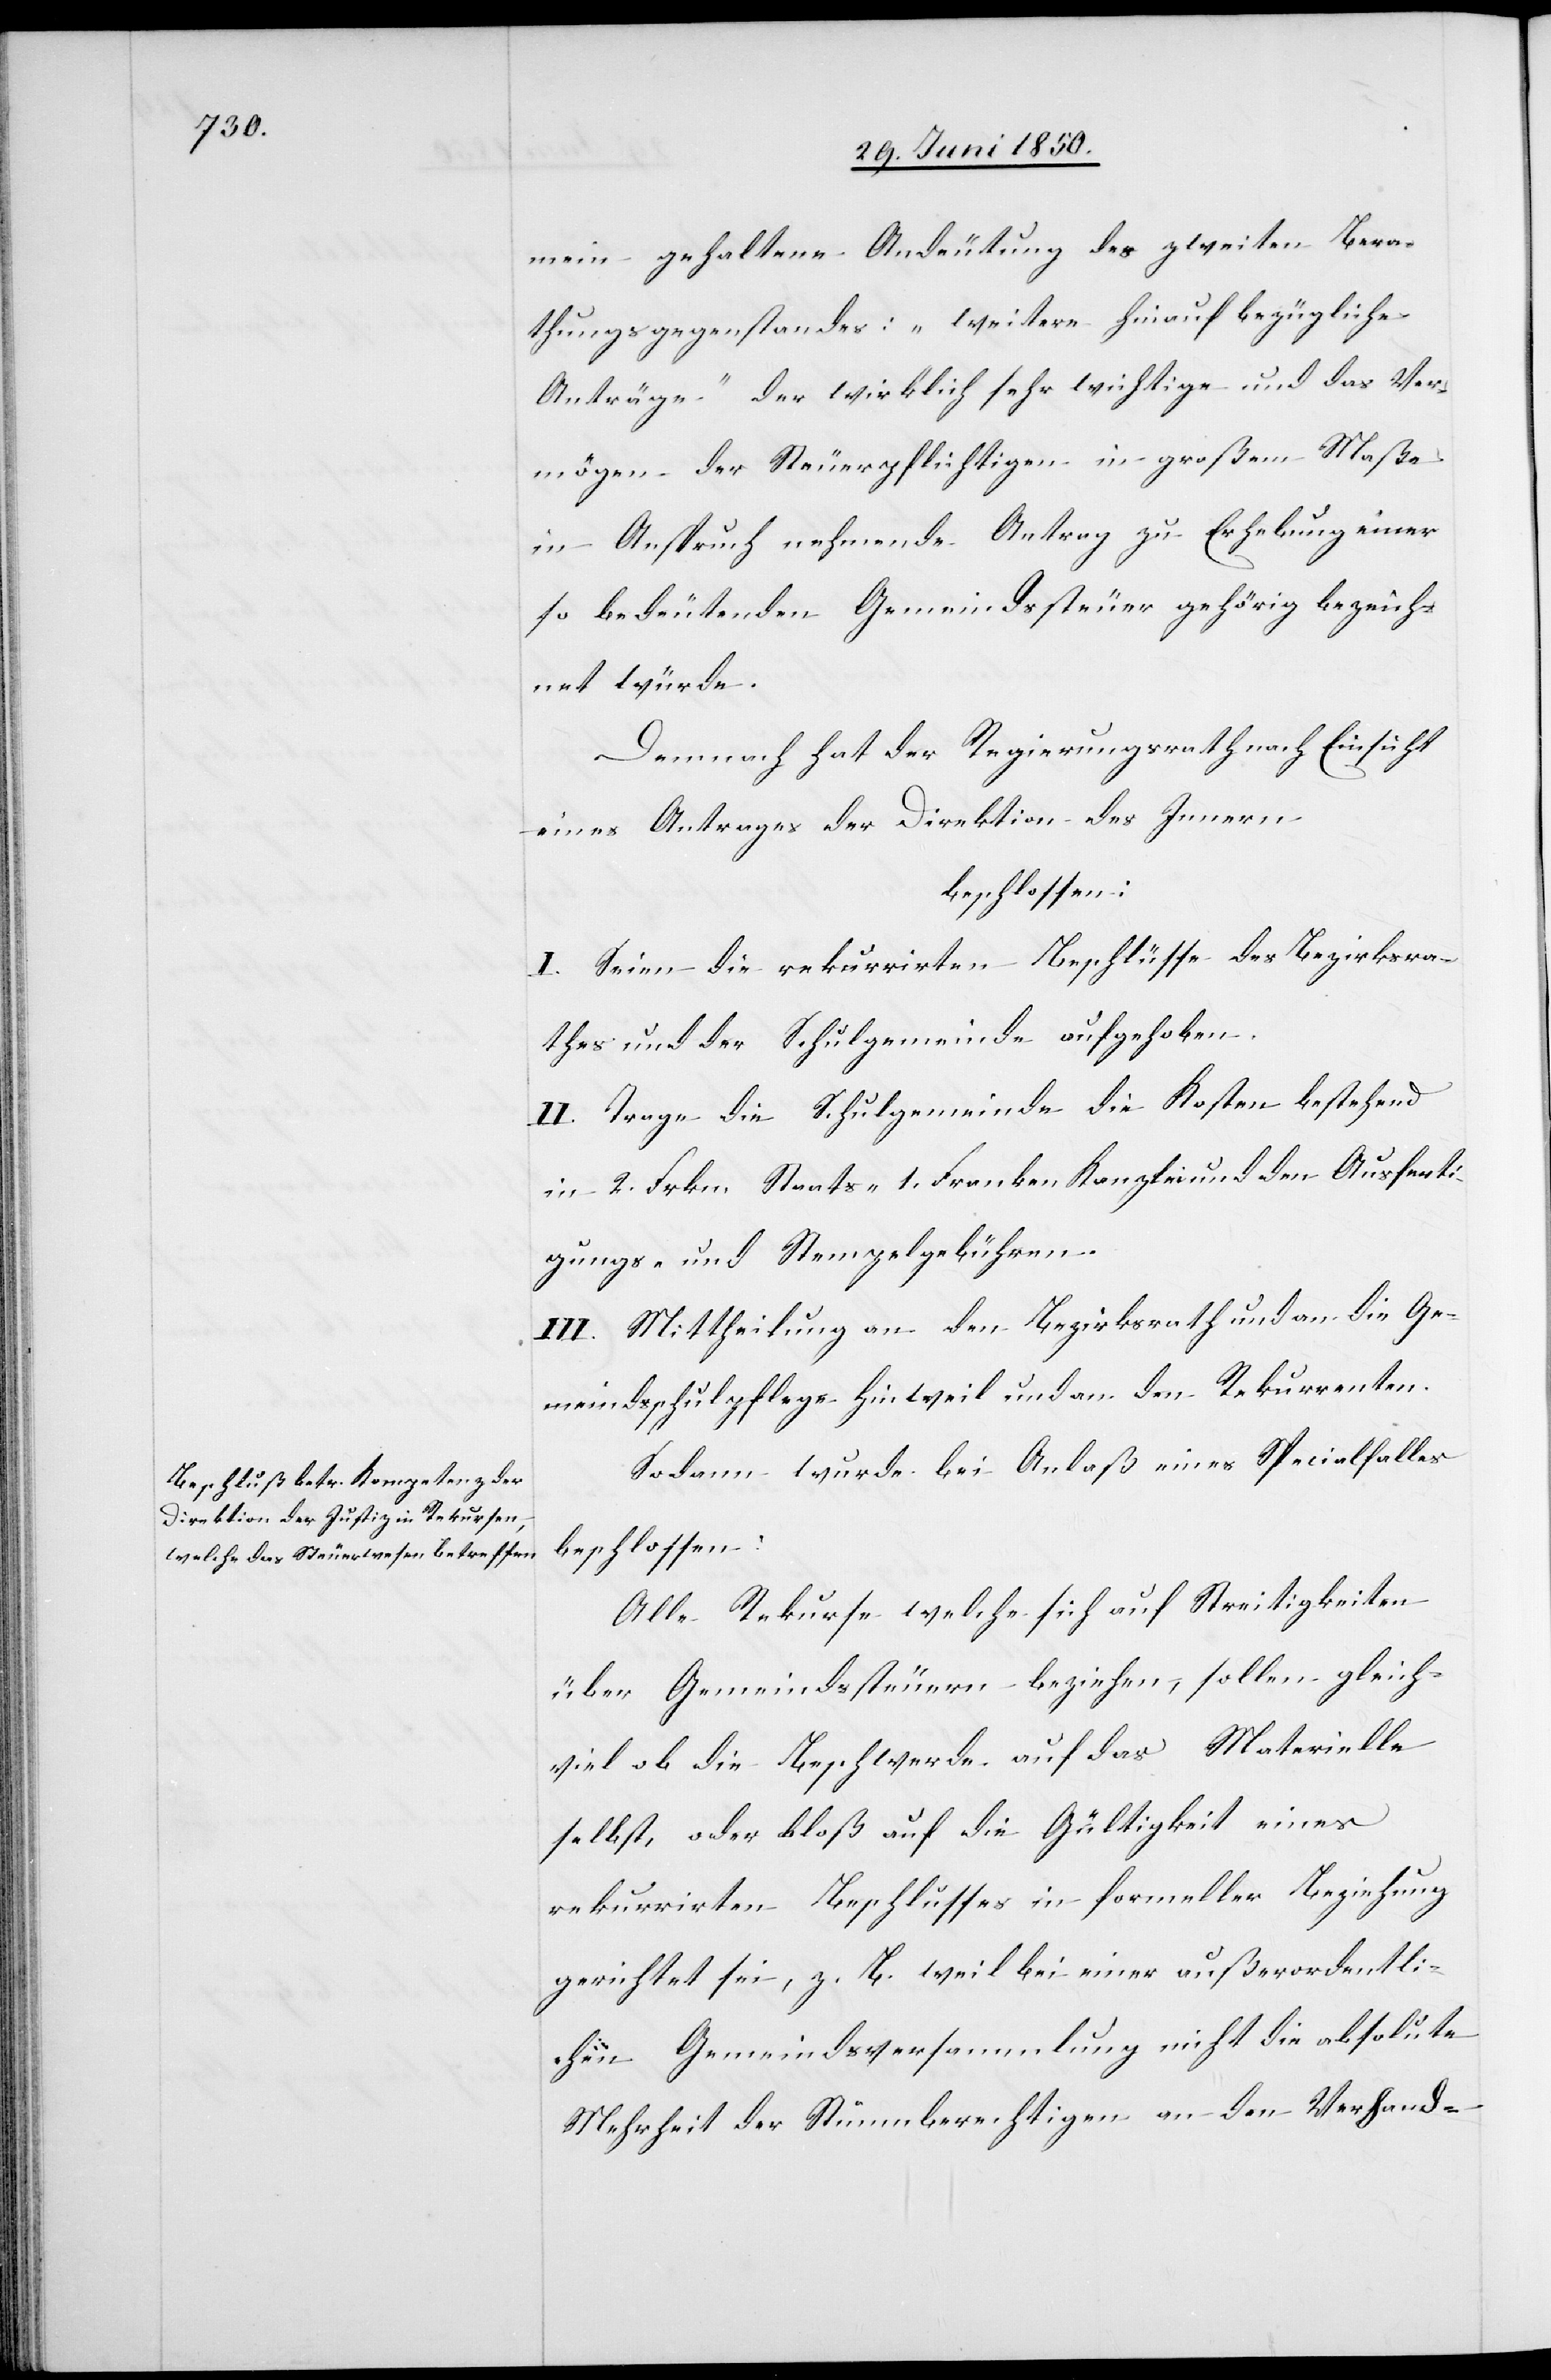
mein gehaltene Andeutung des zweiten Bera¬
thungsgegenstandes: „weitere hinauf [recte:
Anträge“ der wirklich sehr wichtige und das Ver¬
mögen der Steuerpflichtigen in großem Maße
in Anspruch nehmende Antrag zu Erhebung einer
so bedeutenden Gemeindssteuer gehörig bezeich¬
net würde.
Demnach hat der Regierungsrath nach Einsicht
eines Antrages der Direktion des Innern
beschlossen:
I. Seien die rekurrirten Beschlüsse des Bezirksra¬
thes und der Schulgemeinde aufgehoben.
II. Trage die Schulgemeinde die Kosten bestehend
in 2. Frkn. Staats- 1. Franken. Kanzlei[-] und die Ausferti¬
gungs- und Stempelgebühren.
III. Mittheilung an den Bezirksrath und an die Ge¬
meindsschulpflege Hinweil und an den Rekurrenten.
Sodann wurde bei Anlaß eines Specialfalles
beschlossen:
Alle Rekurse welche sich auf Streitigkeiten
über Gemeindssteuern beziehen, sollen gleich¬
viel ob die Beschwerde auf das Materielle
selbst, oder bloß auf die Gültigkeit eines
rekurrirten Beschlusses in formeller Beziehung
gerichtet sei, z. B. weil bei einer außerordentli¬
chen Gemeindsversammlung nicht die absolute
Mehrheit der Stimmberechtig[t]en an den Verhand-